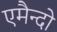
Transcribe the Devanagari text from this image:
एमैन्दो